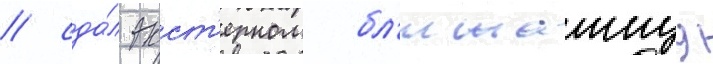
/ сда́л экст'ерном бл'ижаишуу